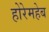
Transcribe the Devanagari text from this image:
होरेमहेब